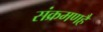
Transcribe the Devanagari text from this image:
संक्रमणहै